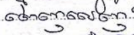
ពេញលេញ